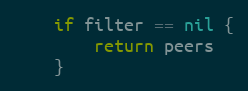
Language: Go
	if filter == nil {
		return peers
	}